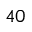
^ { 4 0 }